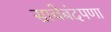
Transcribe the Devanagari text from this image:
साचेबंदपणा